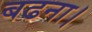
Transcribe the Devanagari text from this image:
बढना।